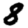
Digit: 8